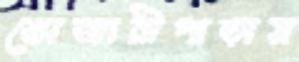
ভোজারীপাড়ায়